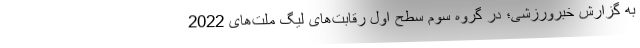
به گزارش خبرورزشی؛ در گروه سوم سطح اول رقابت‌های لیگ ملت‌های 2022